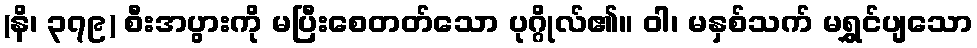
(နိ၊ ၃၇၉) စီးအပွားကို မပြီးစေတတ်သော ပုဂ္ဂိုလ်၏။ ဝါ၊ မနှစ်သက် မရွှင်ပျသော